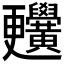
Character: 𪏬